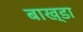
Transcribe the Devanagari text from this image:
बाख्डा